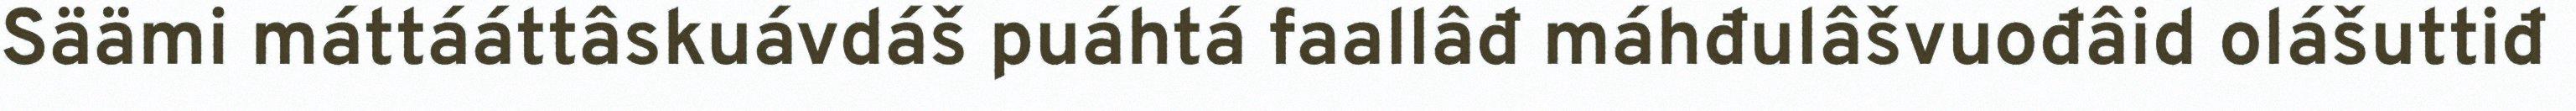
Säämi máttááttâskuávdáš puáhtá faallâđ máhđulâšvuođâid olášuttiđ